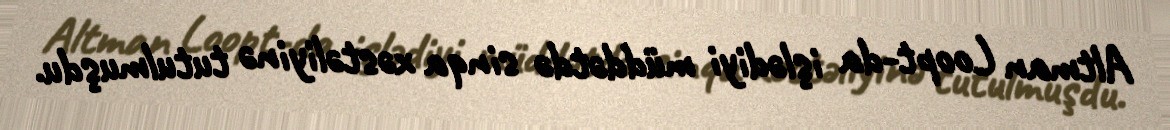
Altman Loopt-da işlədiyi müddətdə sinqa xəstəliyinə tutulmuşdu.